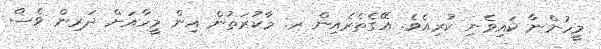
މީހުންނާ ކައިވެނި ކުރިއެވެ. އޭގެތެރެއިން ރ. މާކުރަތުން އިން މީހާއަށް ދަރިން ވެސް